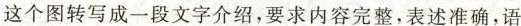
这个图转写成一段文字介绍，要求内容完整，表述准确，语